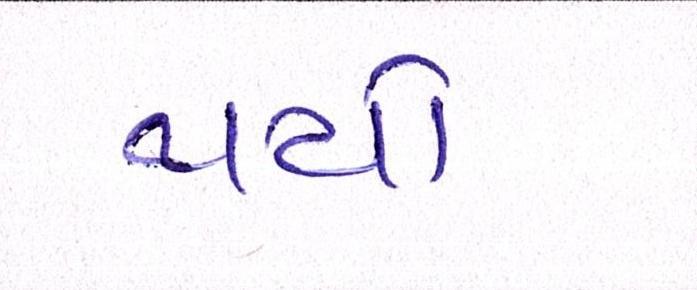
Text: થયો